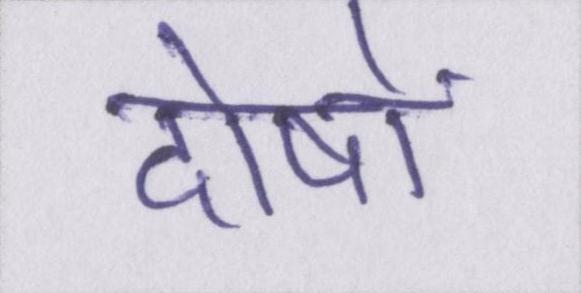
दोषों